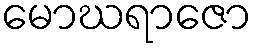
မောဃရာဇော